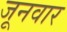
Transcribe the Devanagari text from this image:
जूनवार